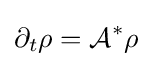
\partial _{t}\rho ={\mathcal {A}}^{*}\rho